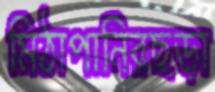
মিঠাপানিরছড়া